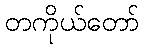
တကိုယ်တော်